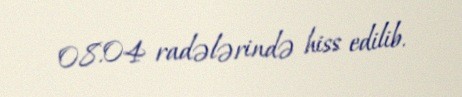
08.04 radələrində hiss edilib.